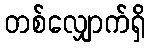
တစ်လျှောက်ရှိ